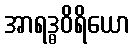
အာရဒ္ဓဝိရိယော